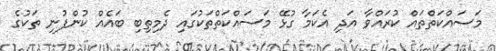
މަސައްކަތްތައް ކުރައްވާ އަދި އެކަމާ ގުޅޭ މަސައްކަތްތަކުގައި ދެމިތިބި ބައެއް ކުންފުނި ތަކުގެ